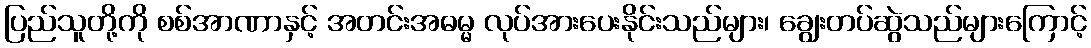
ပြည်သူတို့ကို စစ်အာဏာနှင့် အတင်းအဓမ္မ လုပ်အားပေးနိုင်းသည်များ၊ ချွေးတပ်ဆွဲသည်များကြောင့်